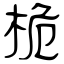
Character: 桅